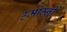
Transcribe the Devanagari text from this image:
हमाम्नी